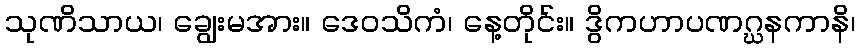
သုဏိသာယ၊ ချွေးမအား။ ဒေဝသိကံ၊ နေ့တိုင်း။ ဒွိကဟာပဏဂ္ဃနကာနိ၊